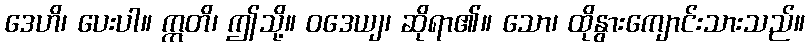
ဒေဟိ၊ ပေးပါ။ ဣတိ၊ ဤသို့။ ဝဒေယျ၊ ဆိုရာ၏။ သော၊ ထိုနွားကျောင်းသားသည်။